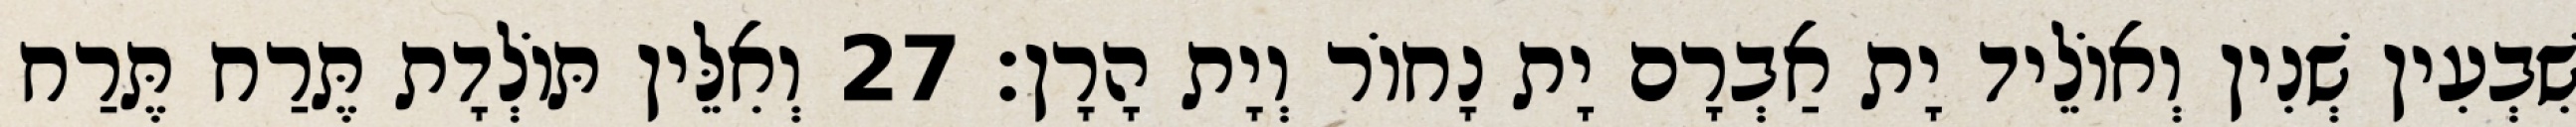
שִׁבְעִין שְׁנִין וְאוֹלֵיד יָת אַבְרָם יָת נָחוֹר וְיָת הָרָן׃ 27 וְאִלֵּין תּוֹלְדָת תֶּרַח תֶּרַח